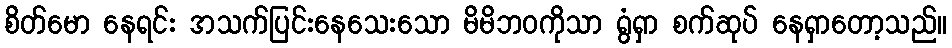
စိတ်မော နေရင်း အသက်ပြင်းနေသေးသော မိမိဘဝကိုသာ ရွံရှာ စက်ဆုပ် နေရှာတော့သည်။